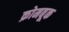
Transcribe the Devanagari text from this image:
क्रोमबूक